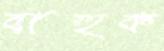
বাহুক